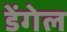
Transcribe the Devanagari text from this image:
डेंगेल